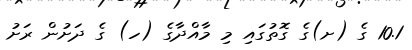
10.1 ގެ (ށ)ގެ ގޮތުގައި މި މާއްދާގެ (ހ) ގެ ދަށުން ރަށު